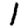
Digit: 1